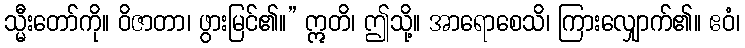
သ္မီးတော်ကို။ ဝိဇာတာ၊ ဖွားမြင်၏။” ဣတိ၊ ဤသို့။ အာရောစေသိ၊ ကြားလျှောက်၏။ ဧဝံ၊